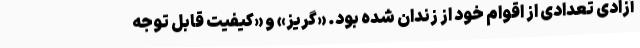
آزادی تعدادی از اقوام خود از زندان شده بود. «گریز» و «کیفیت قابل توجه